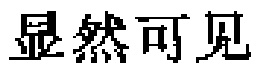
显然可见